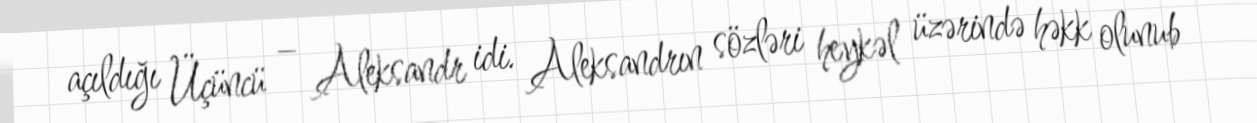
açıldığı Üçüncü – Aleksandr idi. Aleksandrın sözləri heykəl üzərində həkk olunub